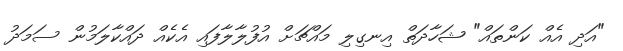
"އަދި އެއް ކަންތައް" ޝަހާދަތް އިނގިލި މައްޗަށް އުފުލާލާފައި އެކެއް ދައްކާލަމުން ސަމަދު